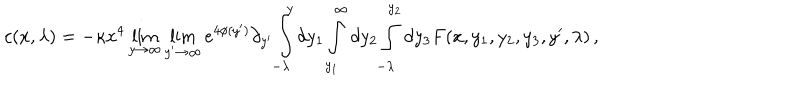
c ( x , \lambda ) = - \kappa x ^ { 4 } \lim _ { y \rightarrow \infty } \lim _ { y ^ { \prime } \rightarrow \infty } e ^ { 4 \phi ( y ^ { \prime } ) } \partial _ { y ^ { \prime } } \int _ { - \lambda } ^ { y } d y _ { 1 } \int _ { y _ { 1 } } ^ { \infty } d y _ { 2 } \int _ { - \lambda } ^ { y _ { 2 } } d y _ { 3 } F ( x , y _ { 1 } , y _ { 2 } , y _ { 3 } , y ^ { \prime } , \lambda ) \, ,